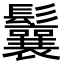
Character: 鬤